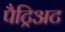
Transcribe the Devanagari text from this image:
पैट्रिअट